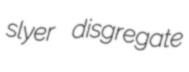
slyer disgregate